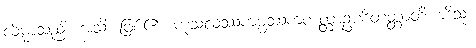
လိမ္မာသည်။ အသိ၊ ဖြစ်၏။ ကုသလဿကမ္မဿကတတ္တာဥပစိတတ္တာတိအာဒိသု၊